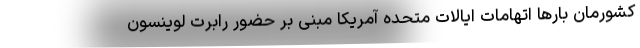
کشورمان بارها اتهامات ایالات متحده آمریکا مبنی بر حضور رابرت لوینسون